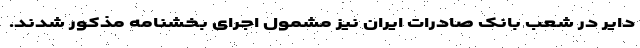
دایر در شعب بانک صادرات ایران نیز مشمول اجرای بخشنامه مذکور شدند.